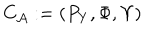
{ { C } _ { \cal A } } : = ( P _ { Y } , \Phi , \Upsilon )